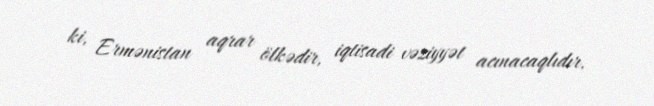
ki, Ermənistan aqrar ölkədir, iqtisadi vəziyyət acınacaqlıdır.